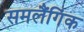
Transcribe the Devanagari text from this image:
समलैंगिंक